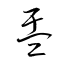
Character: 盂